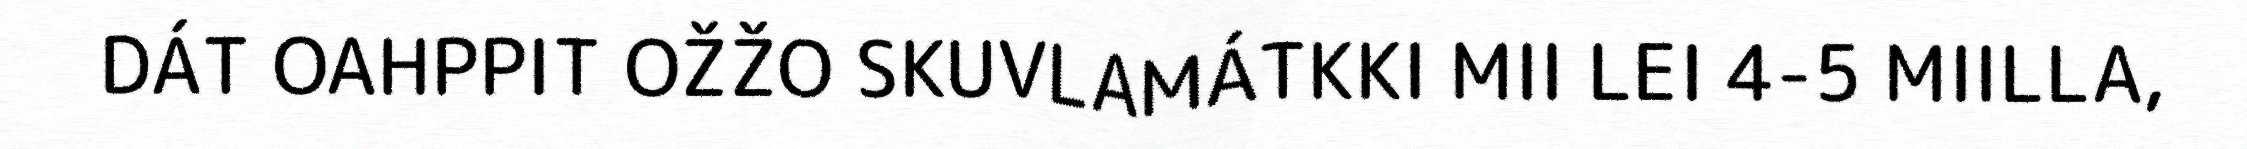
DÁT OAHPPIT OŽŽO SKUVLAMÁTKKI MII LEI 4-5 MIILLA,